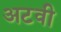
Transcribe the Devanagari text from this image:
अटवी